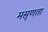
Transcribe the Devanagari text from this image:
मसृणता